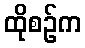
ထိုစဉ်က